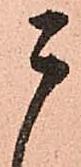
う